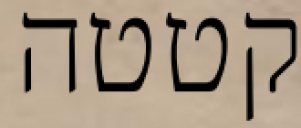
קטטה